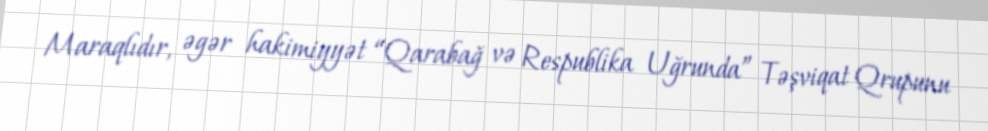
Maraqlıdır, əgər hakimiyyət “Qarabağ və Respublika Uğrunda” Təşviqat Qrupunu